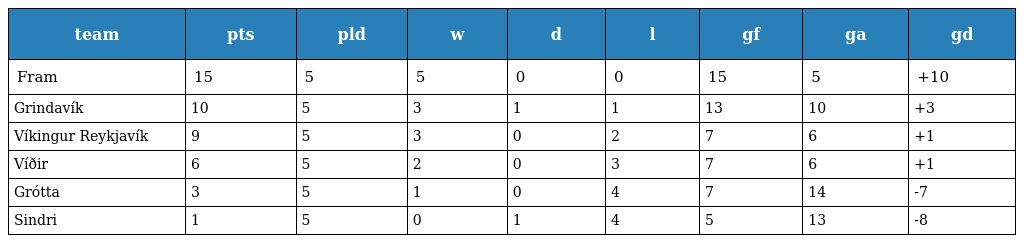
| team | pts | pld | w | d | l | gf | ga | gd |
 | --- | --- | --- | --- | --- | --- | --- | --- | --- |
 | Fram | 15 | 5 | 5 | 0 | 0 | 15 | 5 | +10 |
 | Grindavík | 10 | 5 | 3 | 1 | 1 | 13 | 10 | +3 |
 | Víkingur Reykjavík | 9 | 5 | 3 | 0 | 2 | 7 | 6 | +1 |
 | Víðir | 6 | 5 | 2 | 0 | 3 | 7 | 6 | +1 |
 | Grótta | 3 | 5 | 1 | 0 | 4 | 7 | 14 | -7 |
 | Sindri | 1 | 5 | 0 | 1 | 4 | 5 | 13 | -8 |